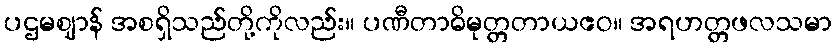
ပဌမဈာန် အစရှိသည်တို့ကိုလည်း။ ပဏီတာဓိမုတ္တတာယဧဝ။ အရဟတ္တဖလသမာ